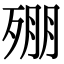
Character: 𣨥